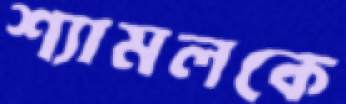
শ্যামলকে